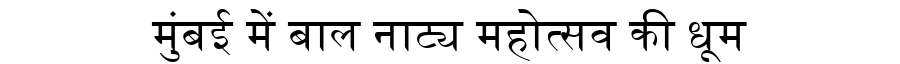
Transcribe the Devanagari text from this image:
मुंबई में बाल नाट्य महोत्सव की धूम